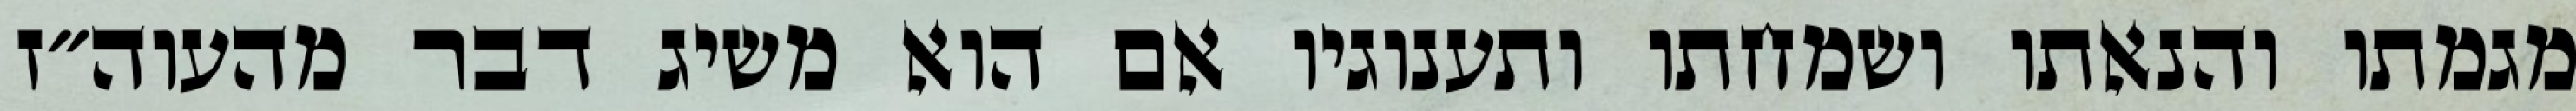
מגמתו והנאתו ושמחתו ותענוגיו אם הוא משיג דבר מהעוה״ז